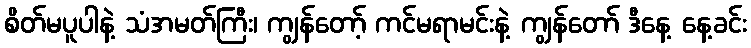
စိတ်မပူပါနဲ့ သံအမတ်ကြီး၊ ကျွန်တော့် ကင်မရာမင်းနဲ့ ကျွန်တော် ဒီနေ့ နေ့ခင်း